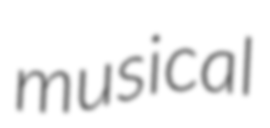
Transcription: musical